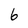
Character: 6